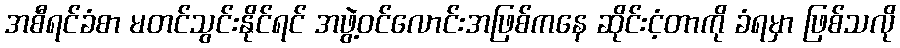
အစီရင်ခံစာ မတင်သွင်းနိုင်ရင် အဖွဲ့ဝင်လောင်းအဖြစ်ကနေ ဆိုင်းငံ့တာကို ခံရမှာ ဖြစ်သလို